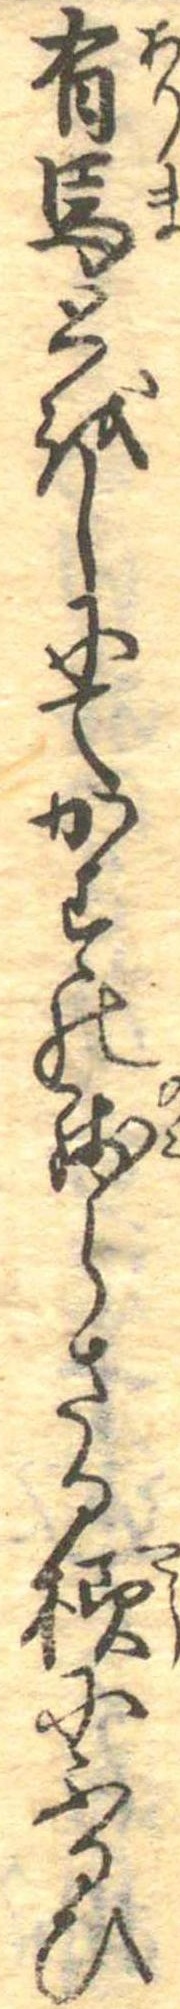
有馬とをしにてかすの残らさる様にふるひ